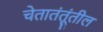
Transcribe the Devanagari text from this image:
चेतातंतूंतील